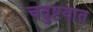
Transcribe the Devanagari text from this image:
चतुष्टयात